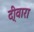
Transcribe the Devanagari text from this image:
दी्वारा